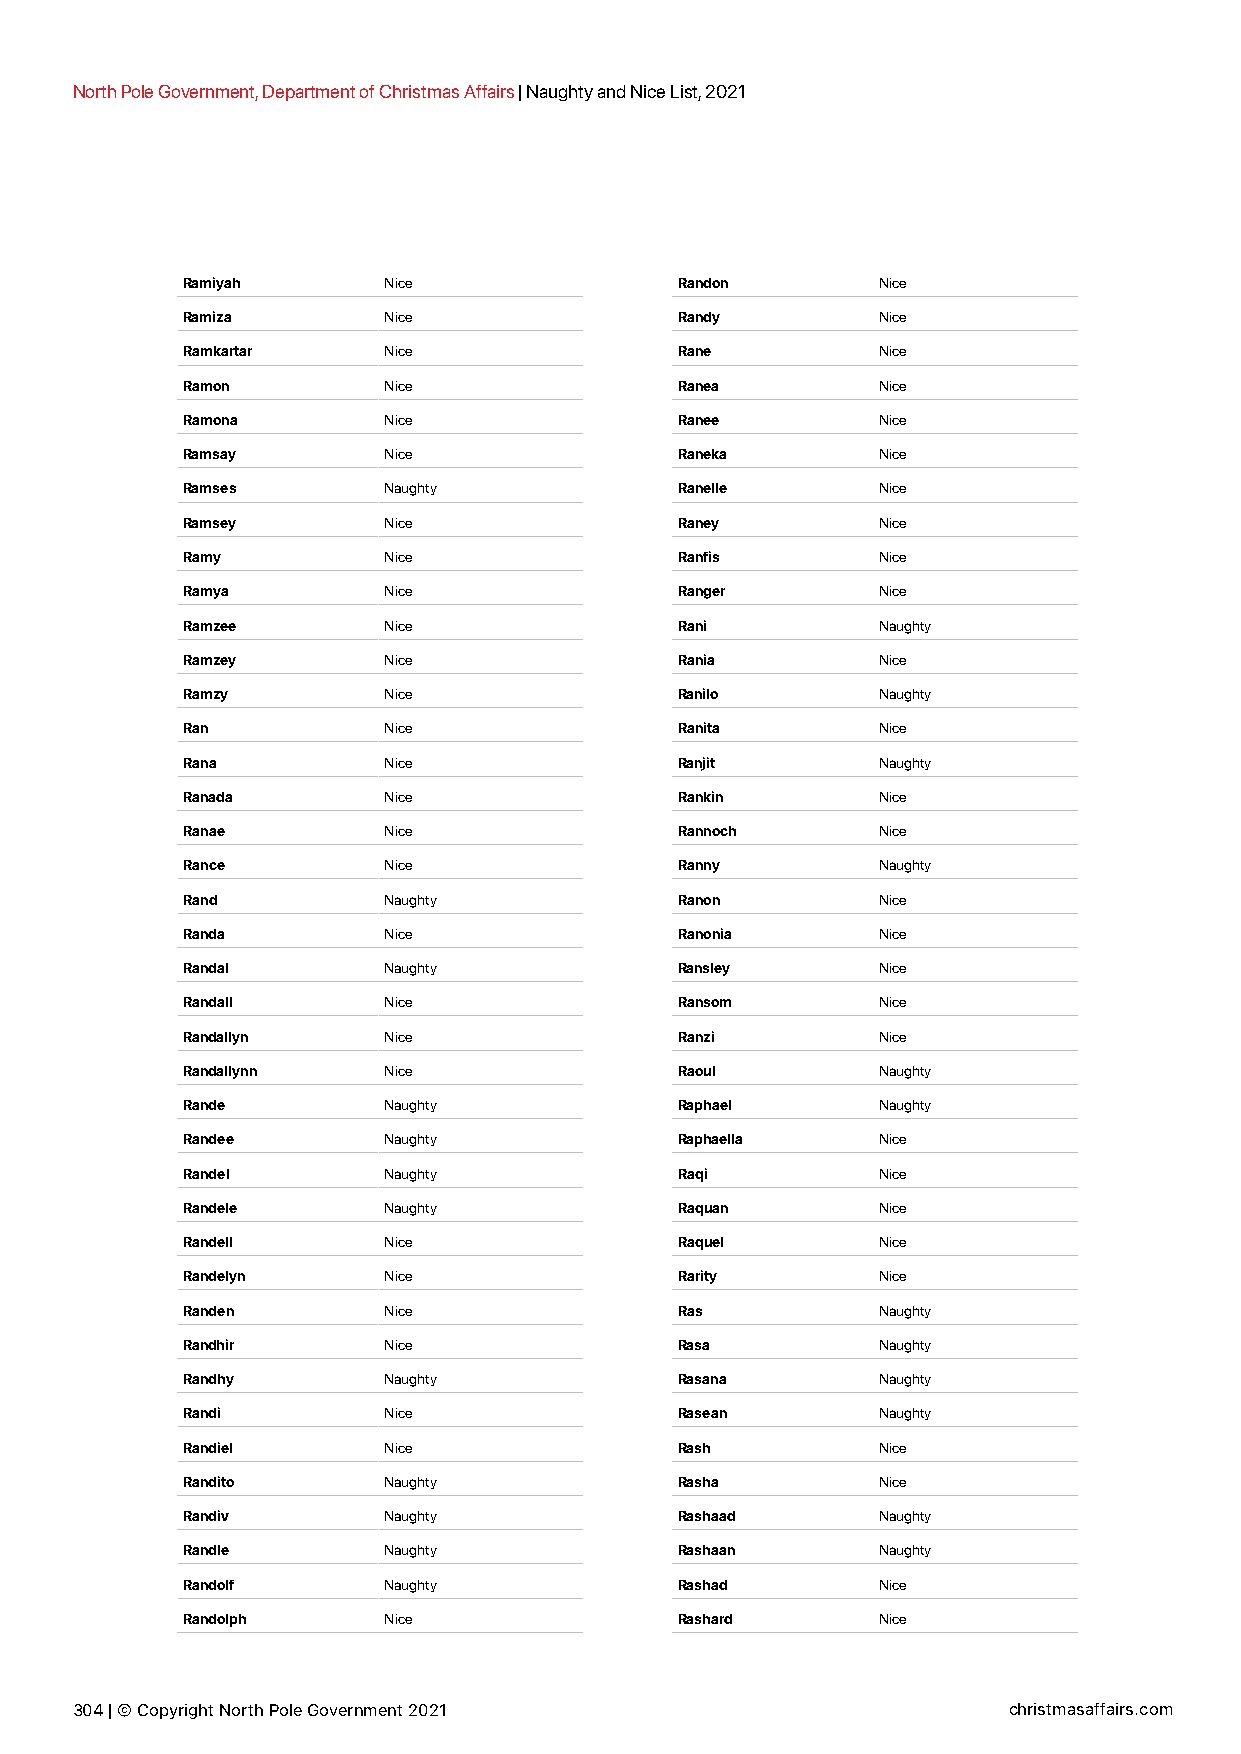
North Pole Government, Department of Christmas Affairs | Naughty and Nice List, 2021
 Ramiyah      Nice                Randon       Nice
 Ramiza       Nice                Randy        Nice
 Ramkartar    Nice                Rane         Nice
 Ramon        Nice                Ranea        Nice
 Ramona       Nice                Ranee        Nice
 Ramsay       Nice                Raneka       Nice
 Ramses       Naughty             Ranelle      Nice
 Ramsey       Nice                Raney        Nice
 Ramy         Nice                Ranfis       Nice
 Ramya        Nice                Ranger       Nice
 Ramzee       Nice                Rani         Naughty
 Ramzey       Nice                Rania        Nice
 Ramzy        Nice                Ranilo       Naughty
 Ran          Nice                Ranita       Nice
 Rana         Nice                Ranjit       Naughty
 Ranada       Nice                Rankin       Nice
 Ranae        Nice                Rannoch      Nice
 Rance        Nice                Ranny        Naughty
 Rand         Naughty             Ranon        Nice
 Randa        Nice                Ranonia      Nice
 Randal       Naughty             Ransley      Nice
 Randall      Nice                Ransom       Nice
 Randallyn    Nice                Ranzi        Nice
 Randallynn   Nice                Raoul        Naughty
 Rande        Naughty             Raphael      Naughty
 Randee       Naughty             Raphaella    Nice
 Randel       Naughty             Raqi         Nice
 Randele      Naughty             Raquan       Nice
 Randell      Nice                Raquel       Nice
 Randelyn     Nice                Rarity       Nice
 Randen       Nice                Ras          Naughty
 Randhir      Nice                Rasa         Naughty
 Randhy       Naughty             Rasana       Naughty
 Randi        Nice                Rasean       Naughty
 Randiel      Nice                Rash         Nice
 Randito      Naughty             Rasha        Nice
 Randiv       Naughty             Rashaad      Naughty
 Randle       Naughty             Rashaan      Naughty
 Randolf      Naughty             Rashad       Nice
 Randolph     Nice                Rashard      Nice
 304 | © Copyright North Pole Government 2021                  christmasaffairs.com